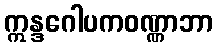
ဣန္ဒဂေါပကဝဏ္ဏာဘာ